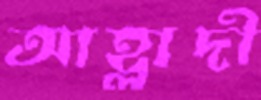
আহ্লাদী